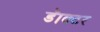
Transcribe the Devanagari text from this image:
डॅाक्टर